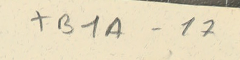
TB1A-17